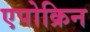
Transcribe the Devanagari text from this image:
एपोक्रिन